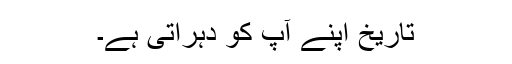
تاریخ اپنے آپ کو دہراتی ہے۔